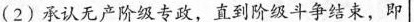
(2)承认无产阶级专政，直到阶级斗争结束，即